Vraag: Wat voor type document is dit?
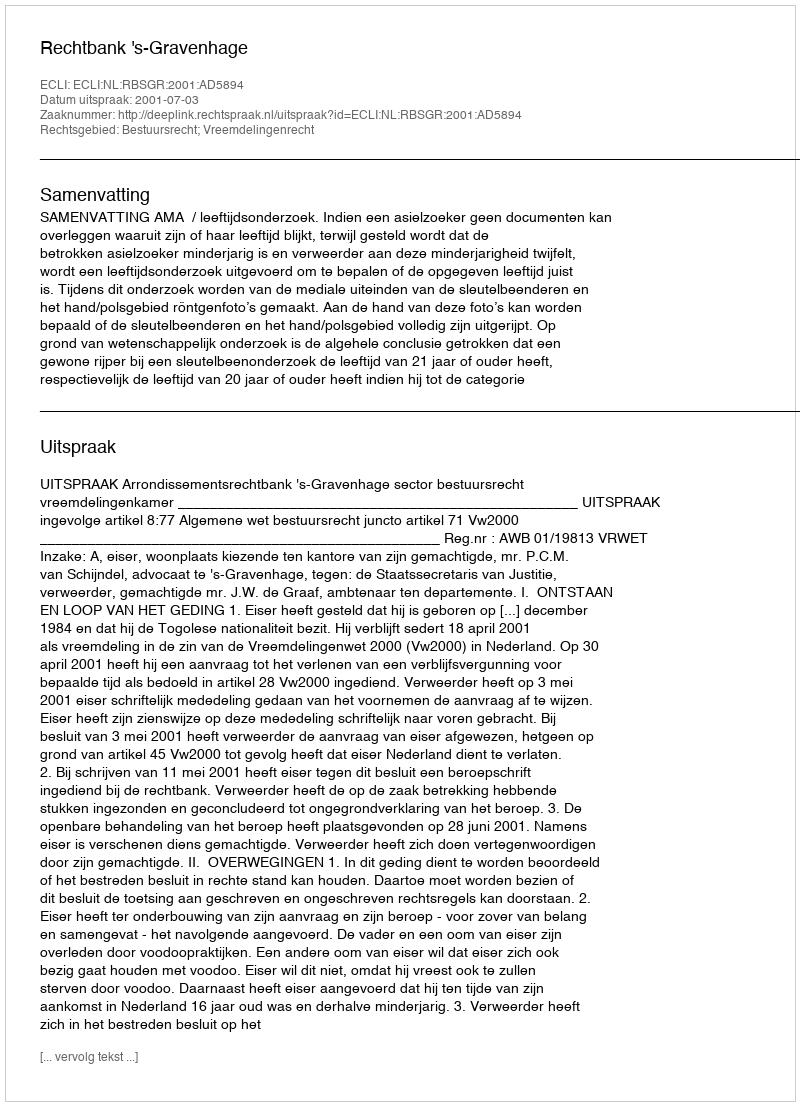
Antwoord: Uitspraak